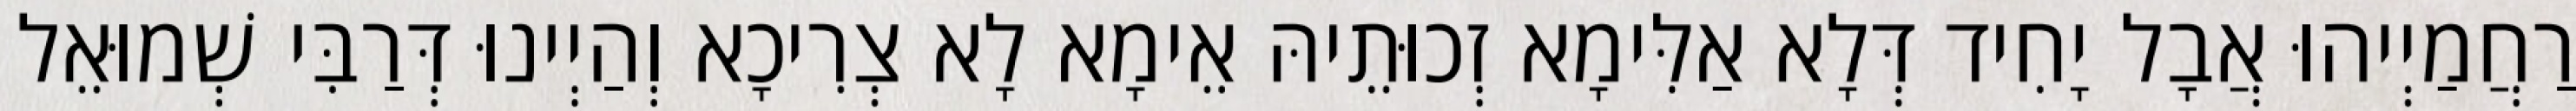
רַחֲמַיְיהוּ אֲבָל יָחִיד דְּלָא אַלִּימָא זְכוּתֵיהּ אֵימָא לָא צְרִיכָא וְהַיְינוּ דְּרַבִּי שְׁמוּאֵל